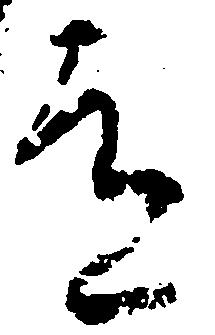
道